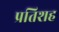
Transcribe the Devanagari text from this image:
प्रतिशह